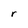
Character: r